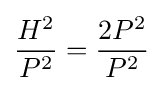
{\frac {H^{2}}{P^{2}}}={\frac {2P^{2}}{P^{2}}}